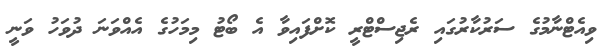
ވިއެޓްނާމުގެ ސަރުކާރުގައި ރެޖިސްޓްރީ ކޮށްފައިވާ އެ ބޯޓު މިމަހުގެ އެއްވަނަ ދުވަހު ވަނީ